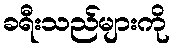
ခရီးသည်များကို